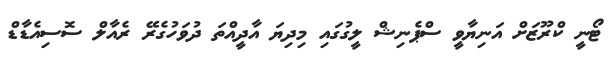
ޓޯނީ ކްރޫޒަށް އަނިޔާވީ ސްޕެނިޝް ލީގުގައި މިދިޔަ އާދީއްތަ ދުވަހުގެރޭ ރެއާލް ސޮސިއެޑާޑް